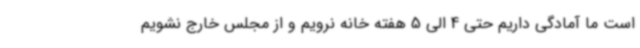
است ما آمادگی داریم حتی 4 الی 5 هفته خانه نرویم و از مجلس خارج نشویم